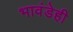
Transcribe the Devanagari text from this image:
भावंडेही